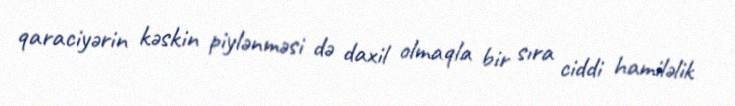
qaraciyərin kəskin piylənməsi də daxil olmaqla bir sıra ciddi hamiləlik